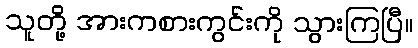
သူတို့ အားကစားကွင်းကို သွားကြပြီ။